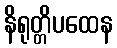
နိရုတ္တိပထေန